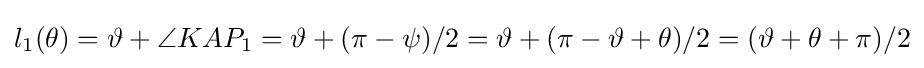
l_{1}(\theta )=\vartheta +\angle KAP_{1}=\vartheta +(\pi -\psi )/2=\vartheta +(\pi -\vartheta +\theta )/2=(\vartheta +\theta +\pi )/2